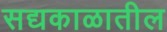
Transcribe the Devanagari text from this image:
सद्यकाळातील